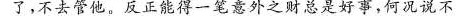
了，不去管他。反正能得到一笔意外之财总是好事，何况说不